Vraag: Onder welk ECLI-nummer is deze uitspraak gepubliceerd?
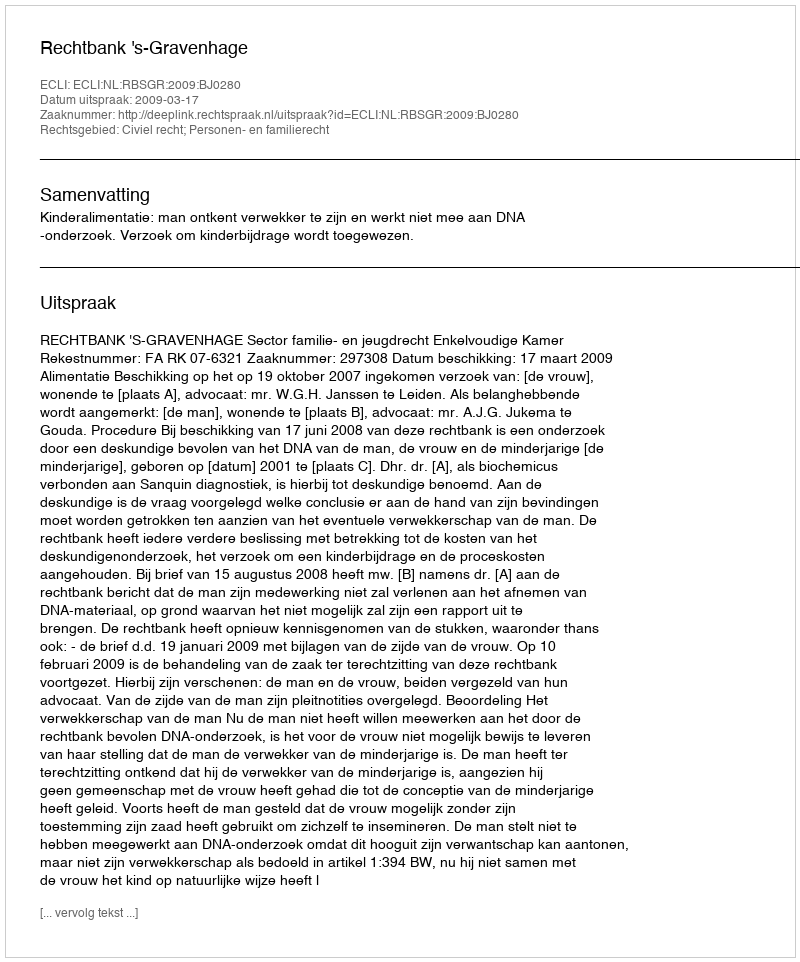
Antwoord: ECLI:NL:RBSGR:2009:BJ0280